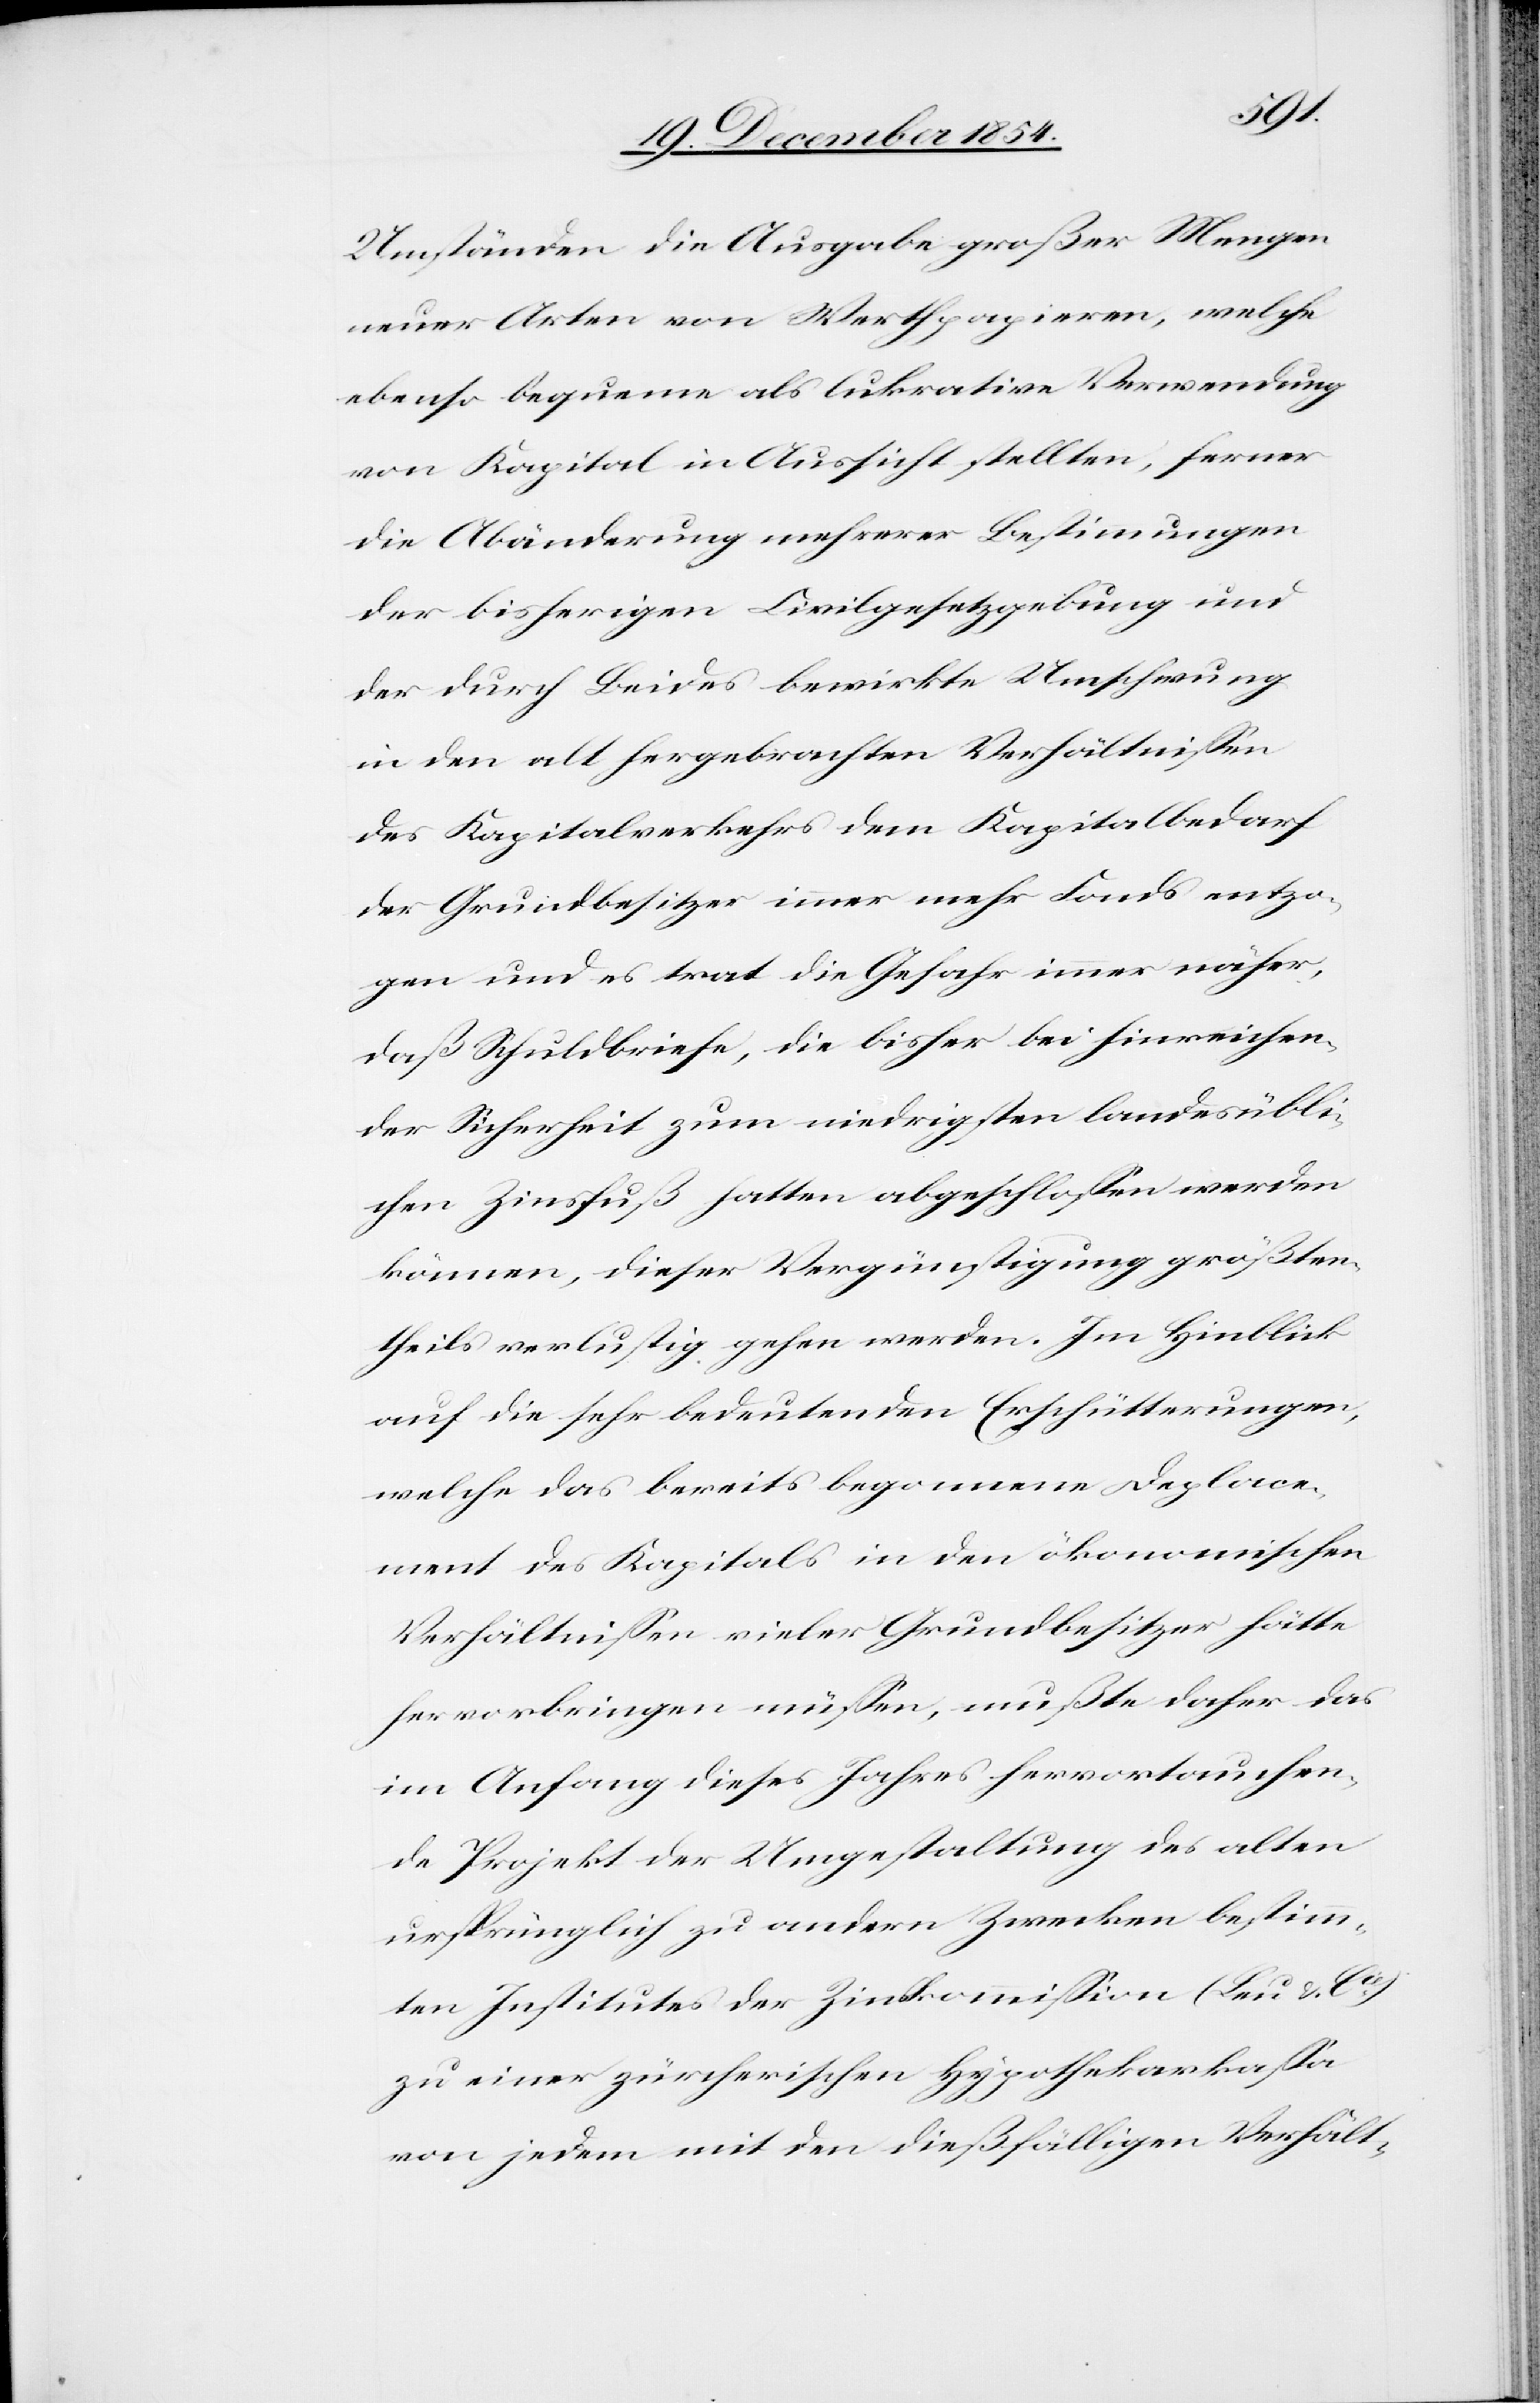
Umständen die Ausgabe großer Mengen
neuer Arten von Werthpapieren, welche
ebenso bequeme als lukrative Verwendung
von Kapital in Aussicht stellten, ferner
die Abänderung mehrerer Bestimmungen
der bisherigen Civilgesetzgebung und
der durch Beides bewirkte Umschwung
in den alt hergebrachten Verhältnißen
des Kapitalverkehrs dem Kapitalbedarf
der Grundbesitzer immer mehr Fonds entzo¬
gen und es trage die Gefahr immer näher,
daß Schuldbriefe, die bisher bei hinreichen¬
der Sicherheit zum niedrigsten landesübli¬
chen Zinsfuß hatten abgeschloßen werden
können, dieser Vergünstigung größten¬
theils verlustig gehen werden. Im Hinblick
auf die sehr bedeutenden Erschütterungen,
welche das bereits begonnene Deplace¬
ment des Kapitals in den ökonomischen
Verhältnißen vieler Grundbesitzer hätte
hervorbringen müßen, mußte daher das
im Anfang dieses Jahres hervortauchen¬
de Projekt der Umgestaltung des alten
ursprünglich zu andern Zwecken bestimm¬
ten Institutes der Zinskommißion (Leu & Cie)
zu einer zürcherischen Hypothekarkaßa
von jedem mit den dießfälligen Verhält-